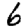
Digit: 6